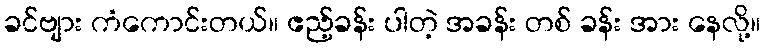
ခင်ဗျား ကံကောင်းတယ်။ ဧည့်ခန်း ပါတဲ့ အခန်း တစ် ခန်း အား နေလို့။